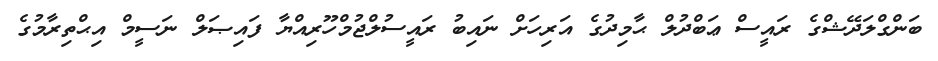
ބަންގްލަދޭޝްގެ ރައީސް ޢަބްދުލް ޙާމިދުގެ އަރިހަށް ނައިބު ރައީސުލްޖުމްހޫރިއްޔާ ފައިޞަލް ނަސީމް އިޙްތިރާމުގެ